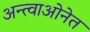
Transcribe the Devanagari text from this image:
अन्त्वाओनेत